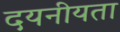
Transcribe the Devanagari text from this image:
दयनीयता